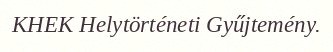
KHEK Helytörténeti Gyűjtemény.